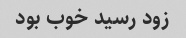
زود رسید خوب بود